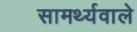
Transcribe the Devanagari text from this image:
सामर्थ्यवाले